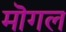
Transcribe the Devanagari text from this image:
मॊगल